Report on horse surra - Volume II, Part II
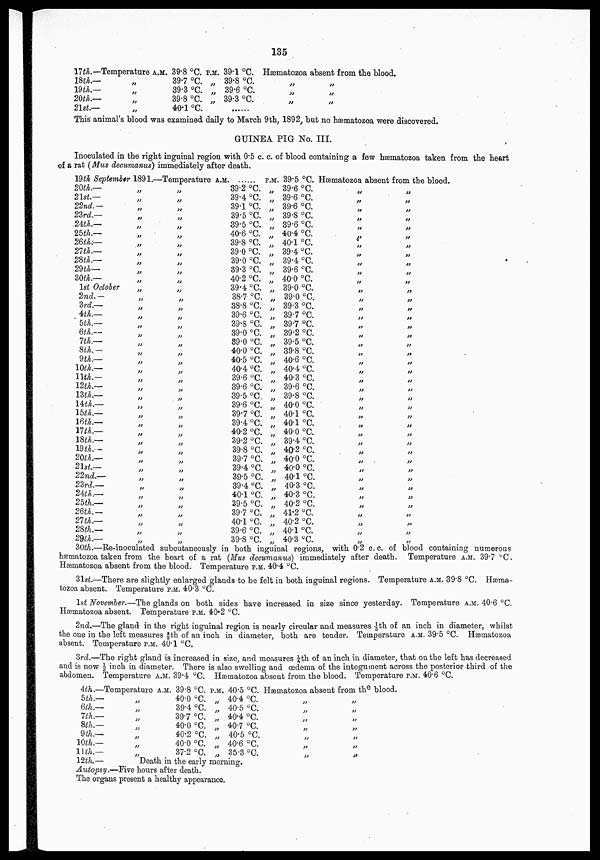
135
17th.—Temperature A.M.
18th.—
19th.—
20th.—
21st.—
„
„
„
„
39.8 °C.
39.7 °C.
39.3 °C.
39.8 °C.
40.1 °C.
P.M.
„
„
„
39.1 °C.
39.8 °C.
39.6 °C.
39.3 °C.
.......
Hæmatozoa absent from the blood.
„
„
„
„
„
„
This animal's blood was examined daily to March 9th, 1892, but no hæmatozoa were discovered.
GUINEA PIG No. III.
Inoculated in the right inguinal region with 0.5 c. c. of blood containing a few hæmatozoa taken from the heart
of a rat (Mus decumanus) immediately after death.
19th September
20th.—
21st.—
22nd.—
23rd. —
24th.—
25th.—
26th.—
27th.—
28th.—
29th—
30th.—
1st October
2nd.—
3rd.—
4th.—
5th.—
6th.—
7th.—
8th.—
9th.—
10th.—
11th.—
12th.—
13th.—
14th.—
15th.—
16th.—
17th.—
18th.—
19th.—
20th.—
21st—
22nd.—
23rd.—
24th.—
25th.—
26th.—
27th.—
28th.—
29th.—
1891.
„
„
„
„
„
„
„
„
„
„
„
„
„
„
„
„
„
„
„
„
„
„
„
„
„
„
„
„
„
„
„
„
„
„
„
„
„
„
„
„
—Temperature A.M.
„
„
„
„
„
„
„
„
„
„
„
„
„
„
„
„
„
„
„
„
„
„
„
„
„
„
„
„
„
„
„
„
„
„
„
„
„
„
„
„
......
39.2 °C.
39.4 °C.
39.1 °C.
39.5 °C.
39.5 °C.
40.6 °C.
39.8 °C.
39.0 °C.
39.0 °C.
39.3 °C.
40.2 °C.
39.4 °C.
38.7 °C.
38.8 °C.
39.6 °C.
39.8 °C.
39.0 °C.
89.0 °C.
40.0 °C.
40.5 °C.
40.4 °C.
39.6 °C.
39.6 °C.
39.5 °C
39.6 °C.
39.7 °C.
39.4 °C.
40.2 °C.
39.2 °C.
39.8 °C.
39.7 °C.
39.4 °C.
39.5 °C.
39.4 °C.
40.1 °C.
39.5 °C.
39.7 °C.
40.1 °C.
39.6 °C.
39.8 °C.
P.M.
„
„
„
„
„
„
„
„
„
„
„
„
„
„
„
„
„
„
„
„
„
„
„
„
„
„
„
„
„
„
„
„
„
„
„
„
„
„
„
„
39.5 °C. Hæmatozoa absent from the blood.
39.6 °C.
39.6 °C.
39.6 °C.
39.8 °C.
39.6 °C.
40.4 °C.
40.1 °C.
39.4 °C.
39.4 °C.
39.6 °C.
40.0 °C.
39.0 °C.
39.0 °C.
39.3 °C.
39.7 °C.
39.7 °C.
39.2 °C.
39.5 °C.
39.8 °C.
40.6 °C.
40.4 °C.
40.3 °C.
39.6 °C.
39.8 °C
40.0 °C.
40.1 °C.
40.1 °C.
40.0 °C.
39.4 °C.
40.2 °C.
40.0 °C.
40.0 °C.
40.1 °C.
40.3 °C.
40.3 °C.
40.2 °C.
41.2 °C.
40.2 °C.
40.1 °C.
40.3 °C.
„
„
„
„
„
„
„
„
„
„
„
„
„
„
„
„
„
„
„
„
„
„
„
„
„
„
„
„
„
„
„
„
„
„
„
„
„
„
„
„
„
„
„
„
„
„
„
„
„
„
„
„
„
„
„
„
„
„
„
„
„
„
„
„
„
„
„
„
„
„
„
„
„
„
„
„
„
„
„
30th.—Re-inoculated subcutaneously in both inguinal regions, with 0.2 c. c. of blood containing numerous
hæmatozoa taken from the heart of a rat (Mus decumanus) immediately after death. Temperature A.M. 39.7 °C.
Hæmatozoa absent from the blood. Temperature P.M. 40.4 °C.
31st—There are slightly enlarged glands to be felt in both inguinal regions. Temperature A.M. 39.8 °C. Hæma-
tozoa absent. Temperature P.M. 40.3 °C.
1st November.—The glands on both sides have increased in size since yesterday. Temperature A.M. 40.6 °C.
Hæmatozoa absent. Temperature P.M. 40.2 °C.
2nd.—The gland in the right inguinal region is nearly circular and measures 1/5th of an inch in diameter, whilst
the one in the left measures 3/5th of an inch in diameter, both are tender. Temperature A.M. 39.5 °C. Hæmatozoa
absent. Temperature P.M. 40.1 °C.
3rd.—The right gland is increased in size, and measures ¼th of an inch in diameter, that on the left has decreased
and is now ½ inch in diameter. There is also swelling and œdema of the integument across the posterior third of the
abdomen. Temperature A.M. 39.4 °C. Hæmatozoa absent from the blood. Temperature P.M. 40.6 °C.
4th.—Temperature
5th.—
6th.—
7th.—
8th.—
9th.—
10th.—
11th.—
12th.—
„
„
„
„
„
„
„
A.M. 39.8
40.0
39.4
39.7
40.0
40.2
40.0
37.2
°C. P.M.
°C. „
°C.
„
°C. „
°C. „
°C. „
°C.
„
°C. „
40.5 °C.
40.4 °C.
40.5 °C.
40.4 °C.
40.7 °C.
40.5 °C.
40.6 °C.
35.3 °C.
Death in the early morning.
Autopsy.—Five hours after death.
The organs present a healthy appearance.
Hæmatozoa absent from the blood.
„
„
„
„
„
„
„
„
„
„
„
„
„
„